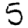
Digit: 5